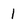
Character: 1